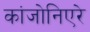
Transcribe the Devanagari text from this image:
कांजोनिएरे